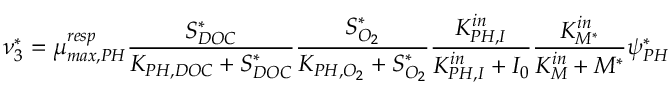
\nu _ { 3 } ^ { * } = \mu _ { m a x , P H } ^ { r e s p } \frac { S _ { D O C } ^ { * } } { K _ { P H , D O C } + S _ { D O C } ^ { * } } \frac { S _ { O _ { 2 } } ^ { * } } { K _ { P H , O _ { 2 } } + S _ { O _ { 2 } } ^ { * } } \frac { K _ { P H , I } ^ { i n } } { K _ { P H , I } ^ { i n } + I _ { 0 } } \frac { K _ { M ^ { * } } ^ { i n } } { K _ { M } ^ { i n } + M ^ { * } } \psi _ { P H } ^ { * }